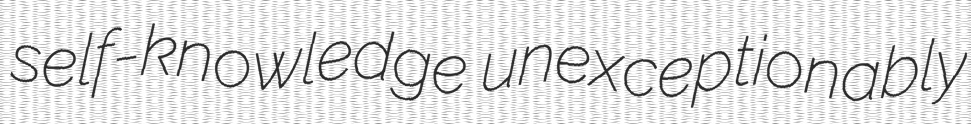
self-knowledge unexceptionably